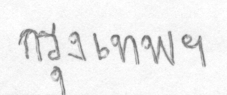
กรุงเทพฯ